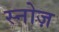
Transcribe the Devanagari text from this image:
स्नोज़